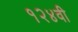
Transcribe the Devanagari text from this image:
१२४वी